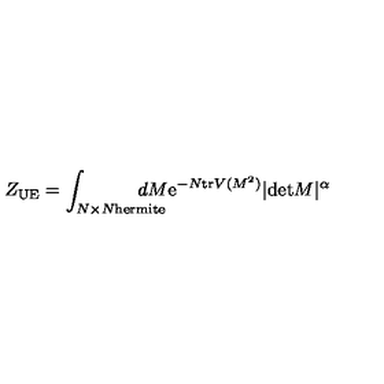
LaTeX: Z _ { \mathrm { U E } } = \int _ { N \times N \mathrm { \scriptsize h e r m i t e } } \! \! \! \! \! \! \! \! \! \! d M \mathrm { e } ^ { - N \mathrm { t r } V ( M ^ { 2 } ) } | \mathrm { d e t } M | ^ { \alpha }